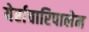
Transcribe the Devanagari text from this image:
येर्रावारिपालेम